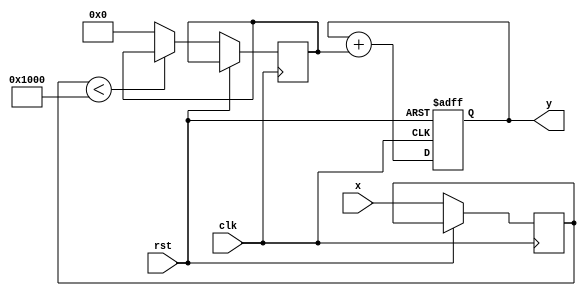
module reciprocal_approximation (
    input wire [15:0] x,         // Input value (fixed-point representation)
    input wire clk,              // Clock signal
    input wire rst,              // Reset signal
    output reg [15:0] y          // Output value (approximation of 1/x)
);

    // Define breakpoints and coefficients for the linear segments
    parameter BREAKPOINT_1 = 16'h1000; // 1.0 in fixed-point
    parameter BREAKPOINT_2 = 16'h2000; // 2.0 in fixed-point

    // Coefficients for the segments
    // Segment 1: 1.0 <= x < 2.0
    parameter M1 = 16'hFFFF; // Slope (approximation)
    parameter B1 = 16'h0000; // Intercept (approximation)

    // Segment 2: 2.0 <= x < 4.0
    parameter M2 = 16'h7FFF; // Slope (approximation)
    parameter B2 = 16'h0000; // Intercept (approximation)

    reg [15:0] m; // Slope
    reg [15:0] b; // Intercept
    reg [15:0] x_normalized; // Normalized input

    always @(posedge clk or posedge rst) begin
        if (rst) begin
            y <= 16'h0000; // Reset output
        end else begin
            // Normalize input (assuming x is already in the range [1, 2))
            x_normalized <= x;

            // Select segment based on input value
            if (x_normalized < BREAKPOINT_1) begin
                // Underflow condition
                y <= 16'hFFFF; // Return maximum value for underflow
            end else if (x_normalized < BREAKPOINT_2) begin
                // Use coefficients for segment 1
                m <= M1;
                b <= B1;
            end else begin
                // Use coefficients for segment 2
                m <= M2;
                b <= B2;
            end

            // Calculate the linear approximation
            // y = m * x + b
            // Note: This is a simple fixed-point multiplication and addition
            y <= (m * x_normalized) >> 15; // Right shift to adjust for fixed-point
            y <= y + b; // Add intercept
        end
    end

endmodule